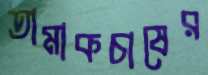
তামাকচাষের